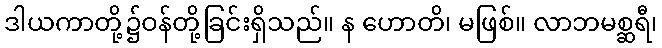
ဒါယကာတို့၌ဝန်တို့ခြင်းရှိသည်။ န ဟောတိ၊ မဖြစ်။ လာဘမစ္ဆရီ၊